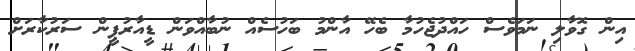
އިން ގޮވާލި ނަމަވެސް ހައްދުޖެހުމާ ބެހޭ އާންމު ބަހުސެއް ނުބާއްވަން ޑީއާރުޕީން ސަރުކާރަށް